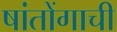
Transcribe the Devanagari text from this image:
षांतोंगाची